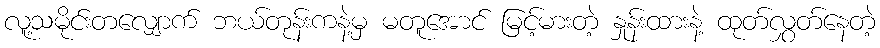
လူ့သမိုင်းတလျှောက် ဘယ်တုန်းကနဲ့မှ မတူအောင် မြင့်မားတဲ့ နှုန်းထားနဲ့ ထုတ်လွှတ်နေတဲ့